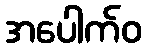
အပေါက်ဝ